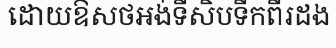
ដោយឱសថអង់ទីសិបទីកពីរដង